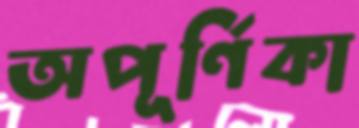
অপূর্ণিকা